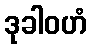
ဒုခါဝဟံ